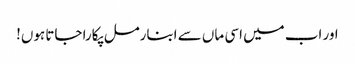
اور اب میں اسی ماں سے ابنارمل پکارا جاتا ہوں!